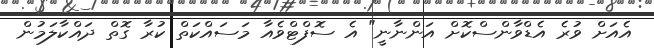
އެއަށް ވުރެ އެޑްވާންސްކޮށް އަންނާނީ" އެ ސޮފްޓްވެއާ މަސައްކަތް ކުރާ ގޮތް ދައްކާލަމުން